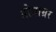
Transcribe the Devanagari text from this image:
प्रोग्राम्रर